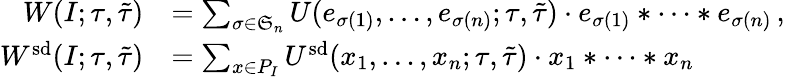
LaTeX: \begin{array}{rl}{W(I;\tau,\tilde{\tau})}&{=\sum_{\sigma\in\mathfrak{S}_{n}}U(e_{\sigma(1)},\dotsc,e_{\sigma(n)};\tau,\tilde{\tau})\cdot e_{\sigma(1)}*\cdots*e_{\sigma(n)}\, ,}\\ {W^{\smash{\mathrm{sd}}}(I;\tau,\tilde{\tau})}&{=\sum_{x\in P_{I}}U^{\smash{\mathrm{sd}}}(x_{1},\dotsc,x_{n};\tau,\tilde{\tau})\cdot x_{1}*\cdots*x_{n}}\end{array}